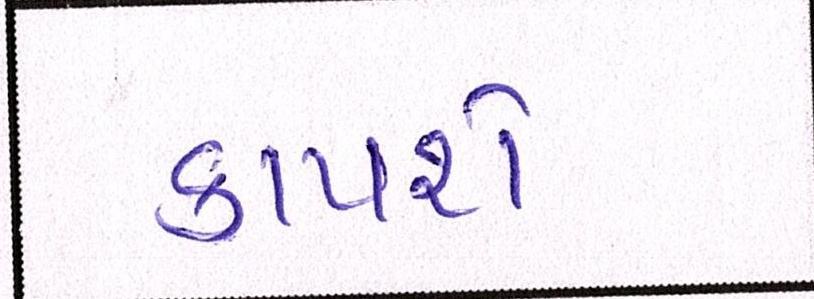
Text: કાપશે